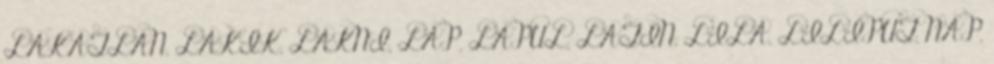
LAKATLAN, LAKIK, LAKNI, LAP, LAPUL, LATIN, LILA, LILIPUT, NAP,